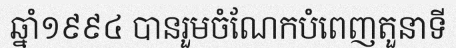
ឆ្នាំ១៩៩៤ បានរួមចំណែកបំពេញតួនាទី